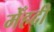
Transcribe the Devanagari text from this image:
मेँहदी